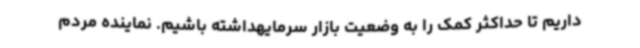
داریم تا حداکثر کمک را به وضعیت بازار سرمایهداشته باشیم. نماینده مردم